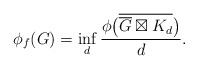
\begin{align*}\phi_f(G) = \inf_d \frac{\phi\bigl( \overline{\overline{G} \boxtimes K_d} \bigr)}{d}.\end{align*}